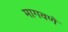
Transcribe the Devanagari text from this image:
मागवणे